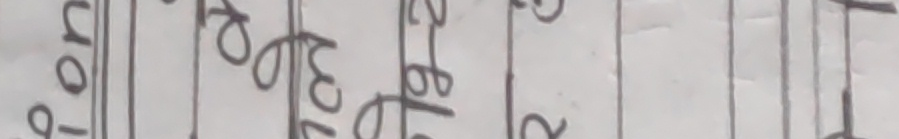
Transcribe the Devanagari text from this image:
पर्न आएको